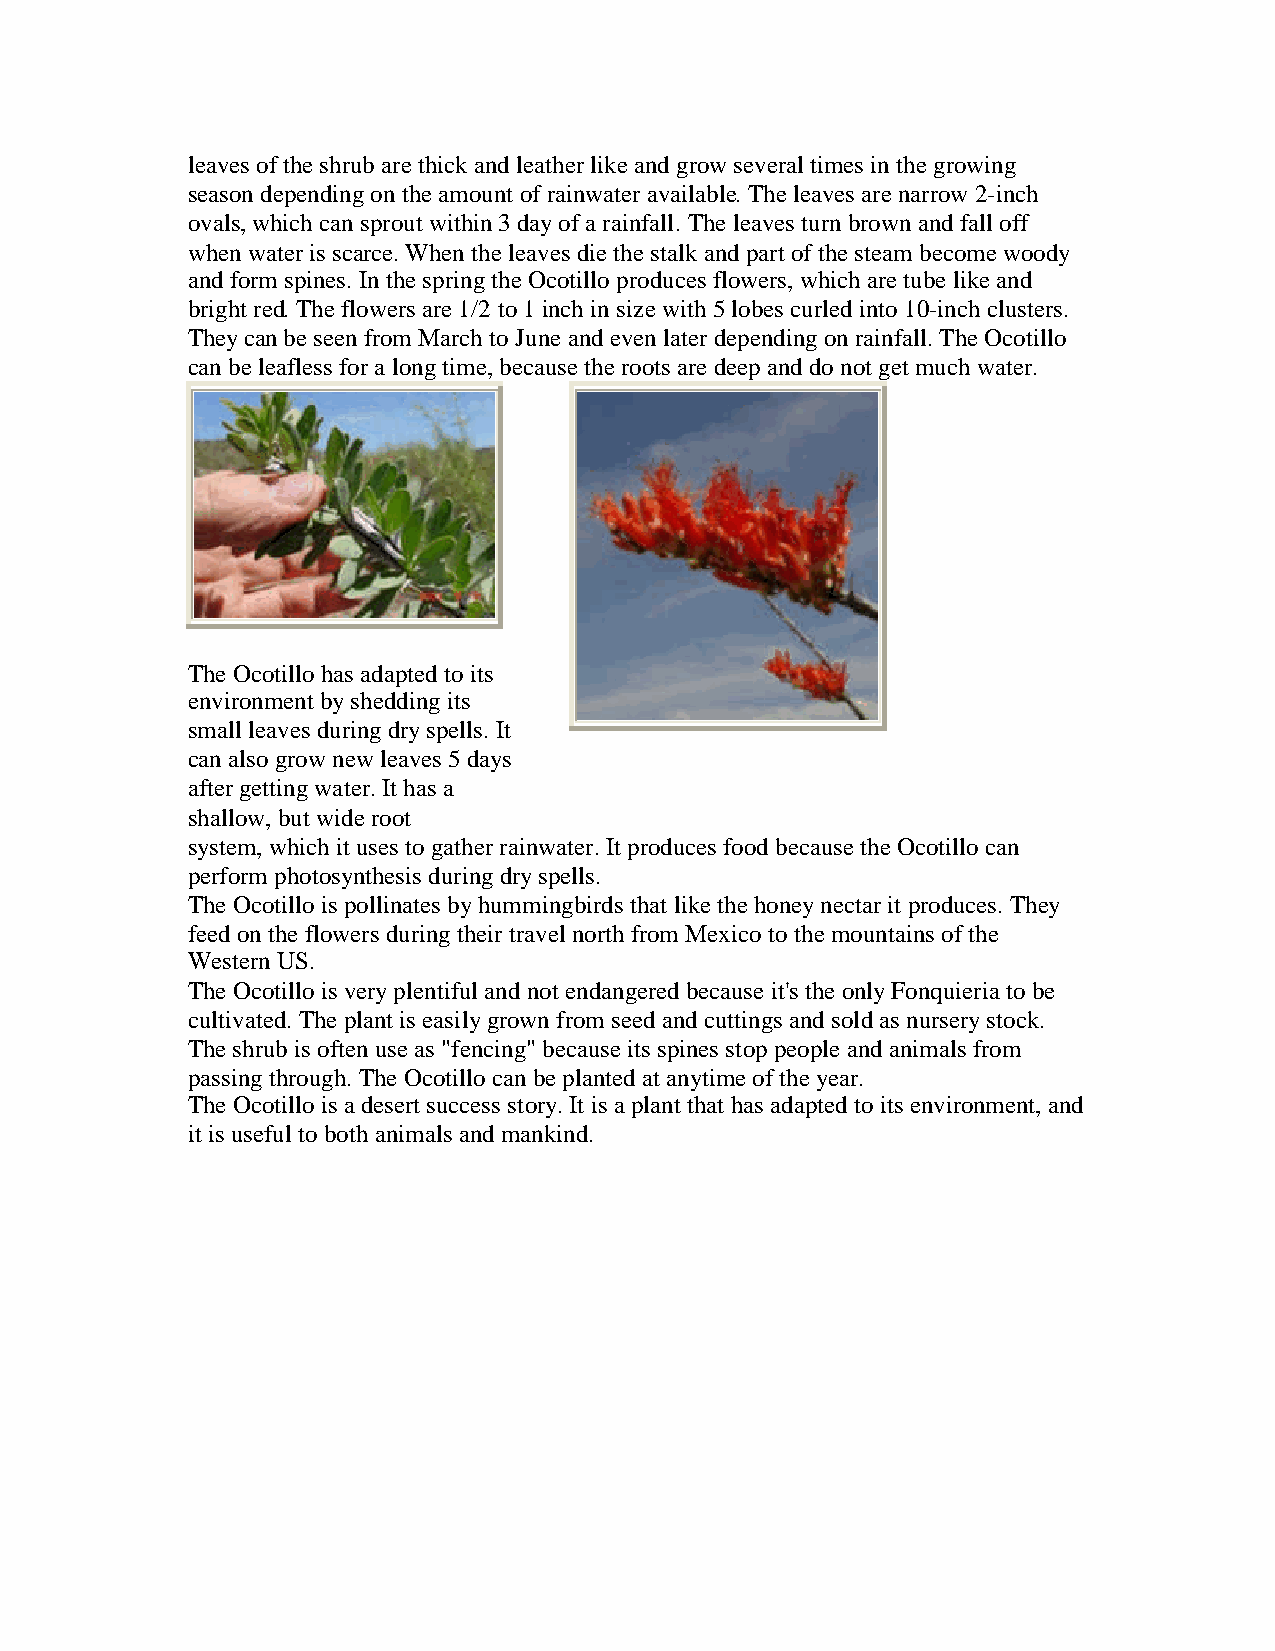
leaves oftheshrubarethickandleatherlikeandgrowseveral times inthegrowing
 season dependingontheamount ofrainwateravailable.Theleaves arenarrow 2-inch
 ovals,whichcansprout within3dayofarainfall.Theleaves turnbrownandfall off
 whenwateris scarce.Whentheleaves diethestalkandpart ofthesteam becomewoody
 andform spines. InthespringtheOcotilloproduces flowers, whicharetubelikeand
 bright red.Theflowers are1/2 to1inchinsizewith5lobes curledinto 10-inchclusters.
 Theycanbeseenfrom MarchtoJuneandevenlaterdependingonrainfall.TheOcotillo
 canbeleafless foralongtime,becausetheroots aredeepanddonot get muchwater.
 TheOcotillohas adaptedtoits
 environment bysheddingits
 small leaves duringdryspells. It
 canalso grownewleaves5days
 aftergettingwater.It has a
 shallow,but wideroot
 system,whichit uses togatherrainwater.It produces foodbecausetheOcotillocan
 perform photosynthesis duringdryspells.
 TheOcotillois pollinates byhummingbirds that likethehoneynectarit produces. They
 feed ontheflowers duringtheirtravel northfrom Mexicotothemountains ofthe
 WesternUS.
 TheOcotillois veryplentiful andnot endangeredbecauseit's theonlyFonquieriatobe
 cultivated.Theplant is easilygrownfrom seedandcuttings andsoldas nurserystock.
 Theshrubis oftenuseas "fencing"becauseits spines stoppeopleandanimals from
 passingthrough.TheOcotillocanbeplantedat anytimeoftheyear.
 TheOcotillois adesert success story.It is aplant that has adaptedtoits environment,and
 it is useful tobothanimals andmankind.